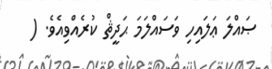
ޞައްލަ ޢަލައިހި ވަސައްލަމަ ޙަދީޘް ކުރެއްވިއެވެ. (